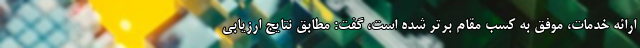
ارائه خدمات، موفق به کسب مقام برتر شده است، گفت: مطابق نتايج ارزيابي